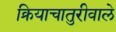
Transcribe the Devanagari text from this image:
क्रियाचातुरीवाले